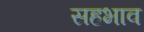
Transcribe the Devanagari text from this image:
सहभाव